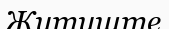
Житиште